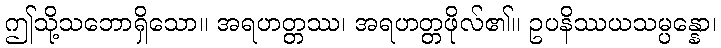
ဤသို့သဘောရှိသော။ အရဟတ္တဿ၊ အရဟတ္တဖိုလ်၏။ ဥပနိဿယသမ္ပန္နော၊